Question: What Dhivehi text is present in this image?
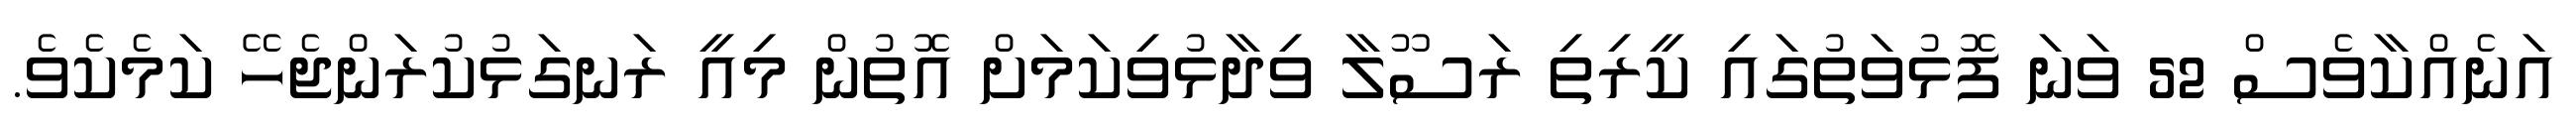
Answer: އަނެއްކާވެސް 52 ވަނަ ފޮޅުވަތުގައި ކީރިތި ރަސޫލާ ވިދާޅުވިކަމަށް އޮތުން މިއީ ރަނގަޅުކުރަންޖެހޭ ކަމެކެވެ.